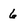
Character: 6